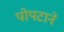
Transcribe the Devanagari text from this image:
पोपटाने